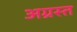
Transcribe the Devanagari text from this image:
अग्रस्त